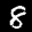
Label: 8